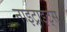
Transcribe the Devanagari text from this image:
नाइट्राइट्स